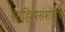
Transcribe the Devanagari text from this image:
साहित्यसंशोधक